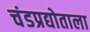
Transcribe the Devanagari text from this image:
चंडप्रद्योताला